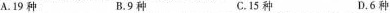
A.19种 B.9种 C.15种 D.6种